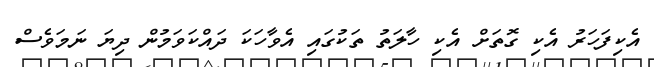
އެކިފަހަރު އެކި ގޮތަށް އެކި ހާލަތު ތަކުގައި އެވާހަކަ ދައްކަވަމުން ދިޔަ ނަމަވެސް